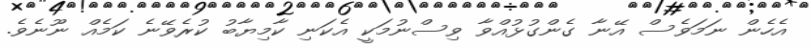
އެހެން ނަމަވެސް އޭނާ ގެންގުޅުއްވާ ވިސްނުމަކީ އެކަނި ކާމިޔާބު ކުރެވޭނެ ކަމެއް ނޫނެވެ.